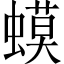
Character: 蟆